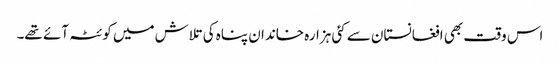
اس وقت بھی افغانستان سے کئی ہزارہ خاندان پناہ کی تلاش میں کوئٹہ آئے تھے۔